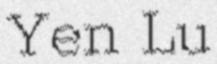
Yen Lu